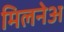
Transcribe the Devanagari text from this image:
मिलनेअ